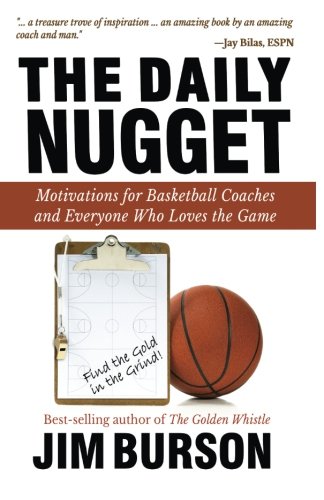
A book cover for The Daily Nugget: Motivations for Basketball Coaches and Everyone Who Loves the Game; Jim Burson; Sports & Outdoors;